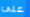
على